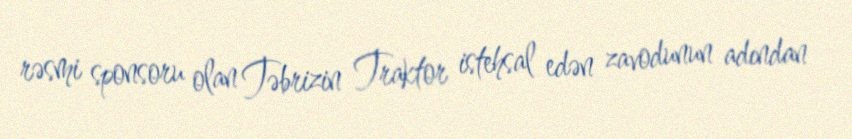
rəsmi sponsoru olan Təbrizin Traktor istehsal edən zavodunun adından